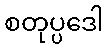
စတုပ္ပဒေါ